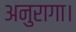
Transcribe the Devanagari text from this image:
अनुरागा।